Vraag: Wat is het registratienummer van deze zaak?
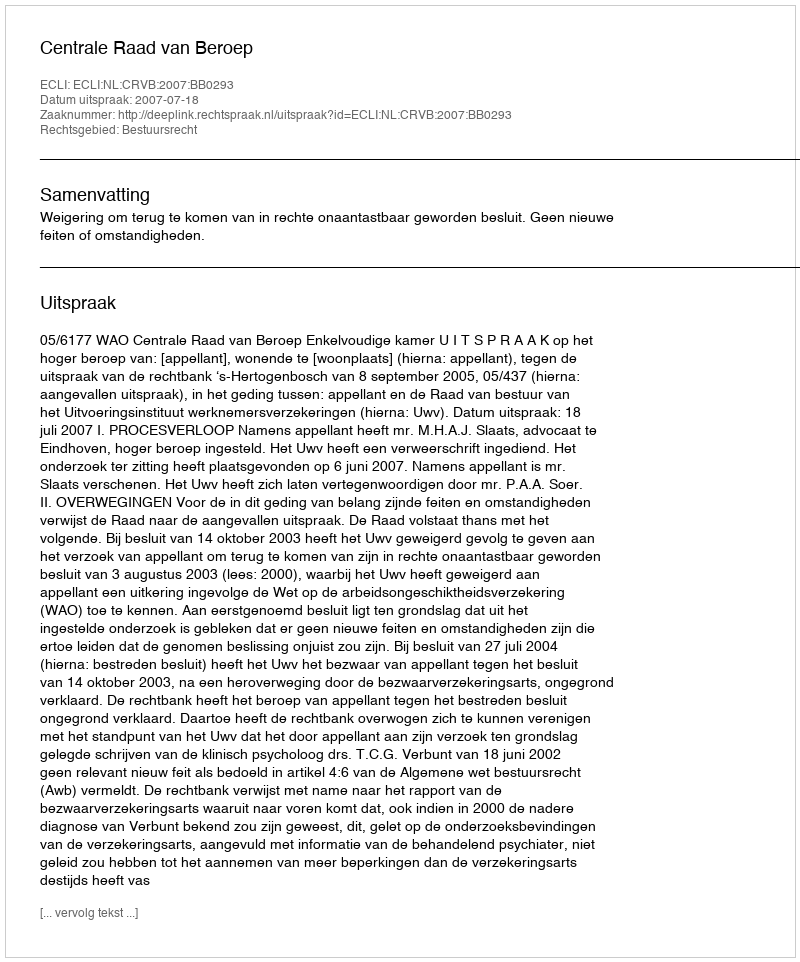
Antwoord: http://deeplink.rechtspraak.nl/uitspraak?id=ECLI:NL:CRVB:2007:BB0293